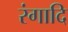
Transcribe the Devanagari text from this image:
रंगादि